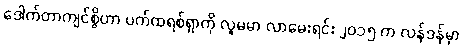
ဒေါက်တာကျင်စွိဟာ ပက်ထရစ်ရှာကို လူမမာ လာမေးရင်း ၂၀၁၅ က လန်ဒန်မှာ